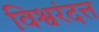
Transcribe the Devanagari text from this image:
विश्वरंदत्त